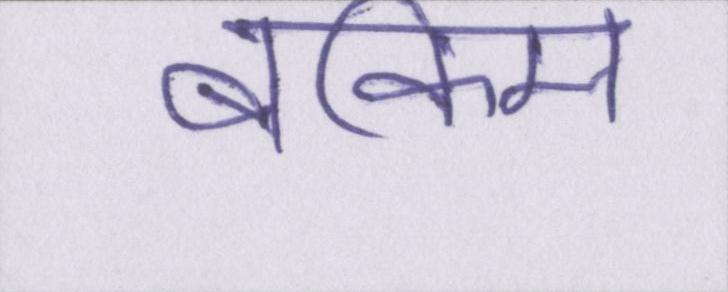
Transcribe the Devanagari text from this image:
बंकिम